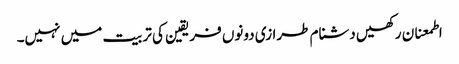
اطمعنان رکھیں دشنام طرازی دونوں فریقین کی تربیت میں نہیں۔